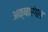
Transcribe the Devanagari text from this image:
अक्षारंगल